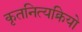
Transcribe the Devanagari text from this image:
कृतनित्यक्रियो